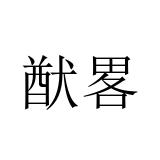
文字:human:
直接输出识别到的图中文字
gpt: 猷畧